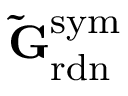
\mathbf { \tilde { G } } _ { \mathrm { r d n } } ^ { \mathrm { s y m } }